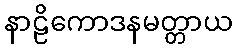
နာဠိကောဒနမတ္တာယ